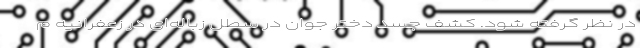
در نظر گرفته شود. کشف جسد دختر جوان در سطل زباله‌ای در زعفرانیه م